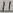
Text: 11